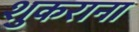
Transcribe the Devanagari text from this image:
शुकराना